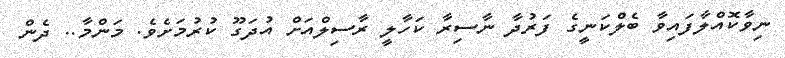
ނިވާކޮއްލާފައިވާ ބެލްކަނީގެ ފަރުދާ ނާސިރާ ކަހާލީ ރާސިލްއަށް އުދަގޫ ކުރުމަށެވެ. މަންމާ.. ދެން